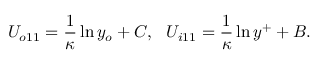
U _ { o 1 1 } = \frac { 1 } { \kappa } \ln y _ { o } + C , \ \ U _ { i 1 1 } = \frac { 1 } { \kappa } \ln y ^ { + } + B .